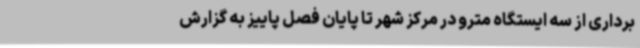
برداری از سه ایستگاه مترو در مرکز شهر تا پایان فصل پاییز به گزارش